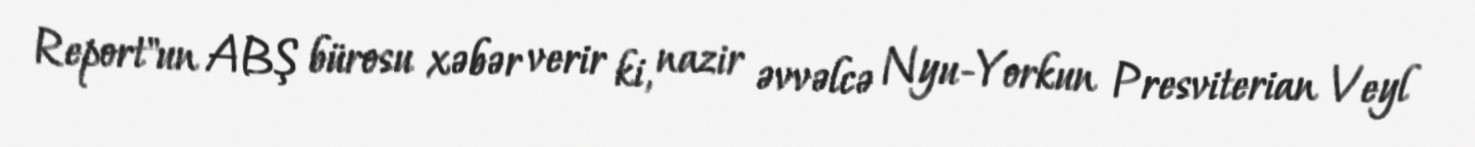
Report"un ABŞ bürosu xəbər verir ki, nazir əvvəlcə Nyu-Yorkun Presviterian Veyl